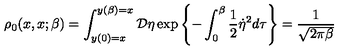
\rho _ { 0 } ( x , x ; \beta ) = \int _ { y ( 0 ) = x } ^ { y ( \beta ) = x } { \cal D } \eta \exp \left\{ - \int _ { 0 } ^ { \beta } \frac { 1 } { 2 } \dot { \eta } ^ { 2 } d \tau \right\} = \frac { 1 } { \sqrt { 2 \pi \beta } }